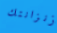
زنزانتك